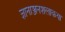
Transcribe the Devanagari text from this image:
ज्ञानाञ्जनशलाकया